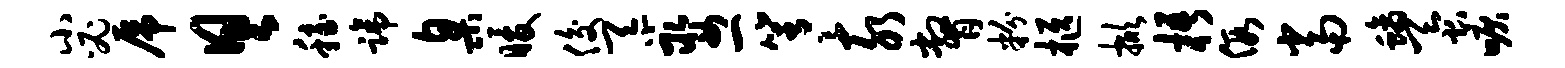
小必虎具稳蹄臬暖俊忝娶一箐亥瞥粉柩掀梧假当螭蚕唳